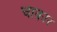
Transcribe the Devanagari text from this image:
चाकार